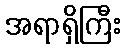
အရာရှိကြီး